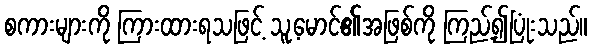
စကားများကို ကြားထားရသဖြင့် သူ့မောင်၏အဖြစ်ကို ကြည့်၍ပြုံးသည်။